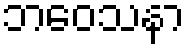
ဘဝေသနာ